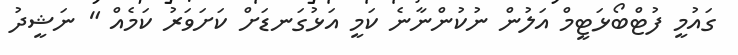
ގައުމީ ފުޓްބޯޅަޓީމް އަލުން ނުކުންނާނެ ކަމީ އަޅުގަނޑަށް ކަށަވަރު ކަމެއް " ނަޝީދު